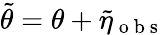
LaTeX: \tilde{\theta}=\theta+\tilde{\eta}_{\mathrm{~o~b~s~}}